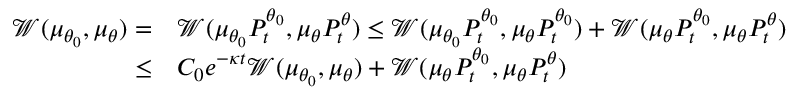
\begin{array} { r l } { \mathcal { W } ( \mu _ { \theta _ { 0 } } , \mu _ { \theta } ) = } & { \mathcal { W } ( \mu _ { \theta _ { 0 } } P _ { t } ^ { \theta _ { 0 } } , \mu _ { \theta } P _ { t } ^ { \theta } ) \leq \mathcal { W } ( \mu _ { \theta _ { 0 } } P _ { t } ^ { \theta _ { 0 } } , \mu _ { \theta } P _ { t } ^ { \theta _ { 0 } } ) + \mathcal { W } ( \mu _ { \theta } P _ { t } ^ { \theta _ { 0 } } , \mu _ { \theta } P _ { t } ^ { \theta } ) } \\ { \leq } & { C _ { 0 } e ^ { - \kappa t } \mathcal { W } ( \mu _ { \theta _ { 0 } } , \mu _ { \theta } ) + \mathcal { W } ( \mu _ { \theta } P _ { t } ^ { \theta _ { 0 } } , \mu _ { \theta } P _ { t } ^ { \theta } ) } \end{array}